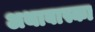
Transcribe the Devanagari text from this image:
अथाबास्का